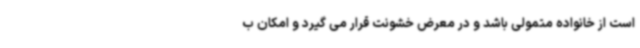
است از خانواده متمولی باشد و در معرض خشونت قرار می گیرد و امکان ب